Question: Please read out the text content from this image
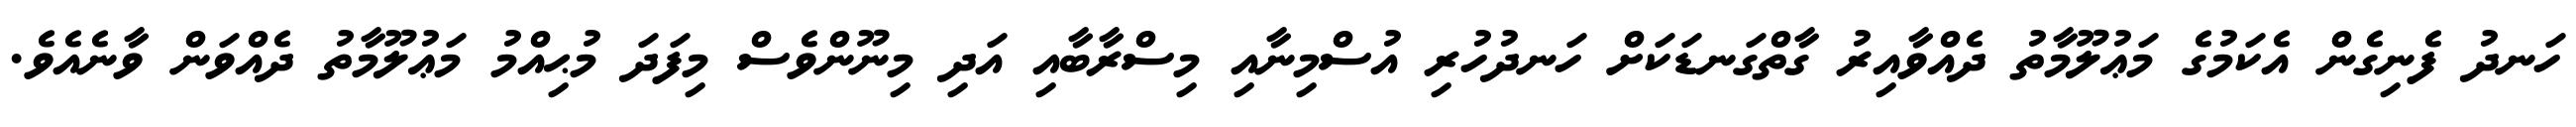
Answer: ހަނދު ފެނިގެން އެކަމުގެ މަޢުލޫމާތު ދެއްވާއިރު ގާތްގަނޑަކަށް ހަނދުހުރި އުސްމިނާއި މިސްރާބާއި އަދި މިނޫންވެސް މިފަދަ މުޙިއްމު މަޢުލޫމާތު ދެއްވަން ވާނެއެވެ.